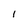
Character: I